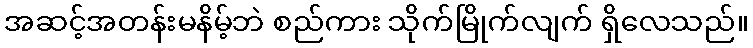
အဆင့်အတန်းမနိမ့်ဘဲ စည်ကား သိုက်မြိုက်လျက် ရှိလေသည်။